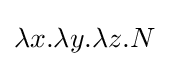
\lambda x.\lambda y.\lambda z.N